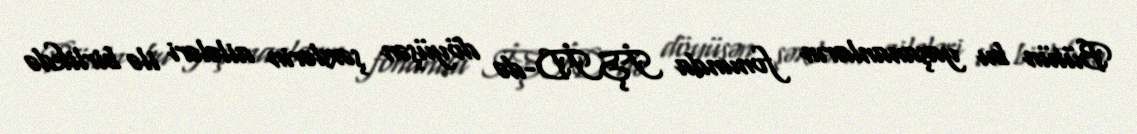
Bütün bu yaşananların fonunda İŞİD-də döyüşən şəxslərin ailələri ilə birlikdə